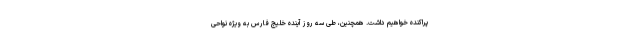
پراکنده خواهیم داشت. همچنین، طی سه روز آینده خلیج فارس به ویژه نواحی